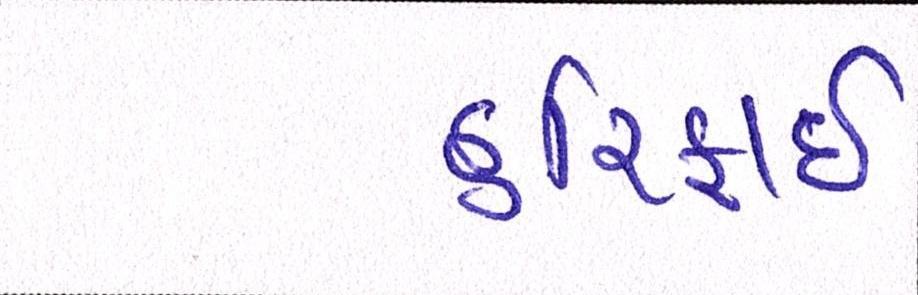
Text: હરિફાઇ